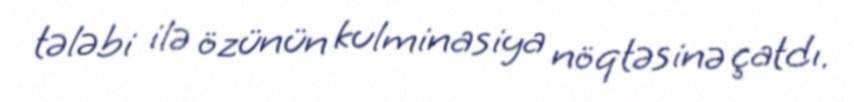
tələbi ilə özünün kulminasiya nöqtəsinə çatdı.